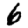
Digit: 6